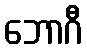
ဘောဂီ